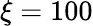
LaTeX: \xi=100